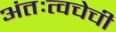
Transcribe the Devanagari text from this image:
अंतःत्वचेची